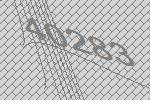
40283